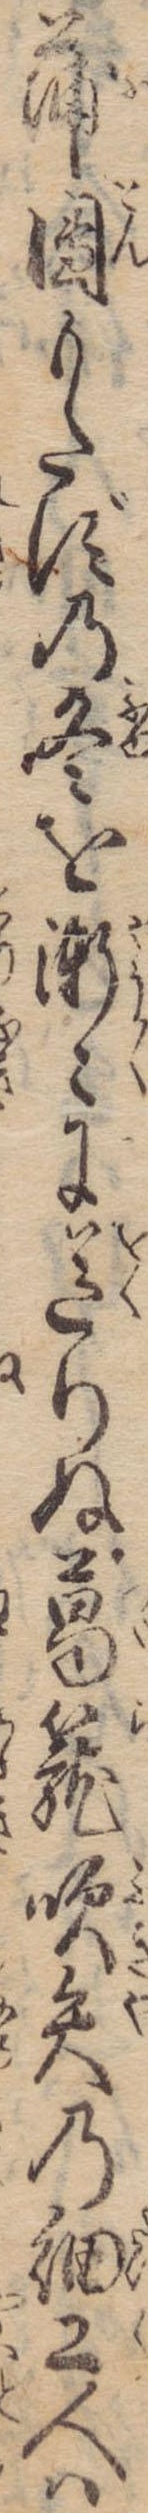
蒲団もたずの冬を漸々に送りぬ葛篭吹矢の細工人は